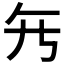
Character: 𱍺